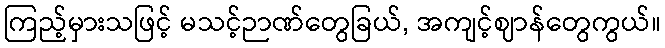
ကြည့်မှားသဖြင့် မသင့်ဉာဏ်တွေခြယ်, အကျင့်ဈာန်တွေကွယ်။